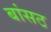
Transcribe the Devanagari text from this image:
बांसठ